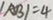
\vert A B \vert = 4